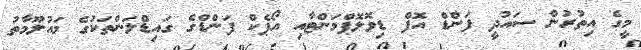
މީގެ އިތުރުން ސައުދީ ފަންޑް އޮފް ޑިވޮލޮޕްމަންޓާއި އޯޕެކް ފަންޑްގެ ގައިޑްލަންތަކުގެ މައުލޫމާތު